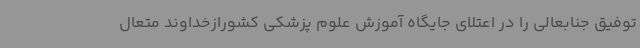
توفیق جنابعالی را در اعتلای جایگاه آموزش علوم پزشکی کشورازخداوند متعال